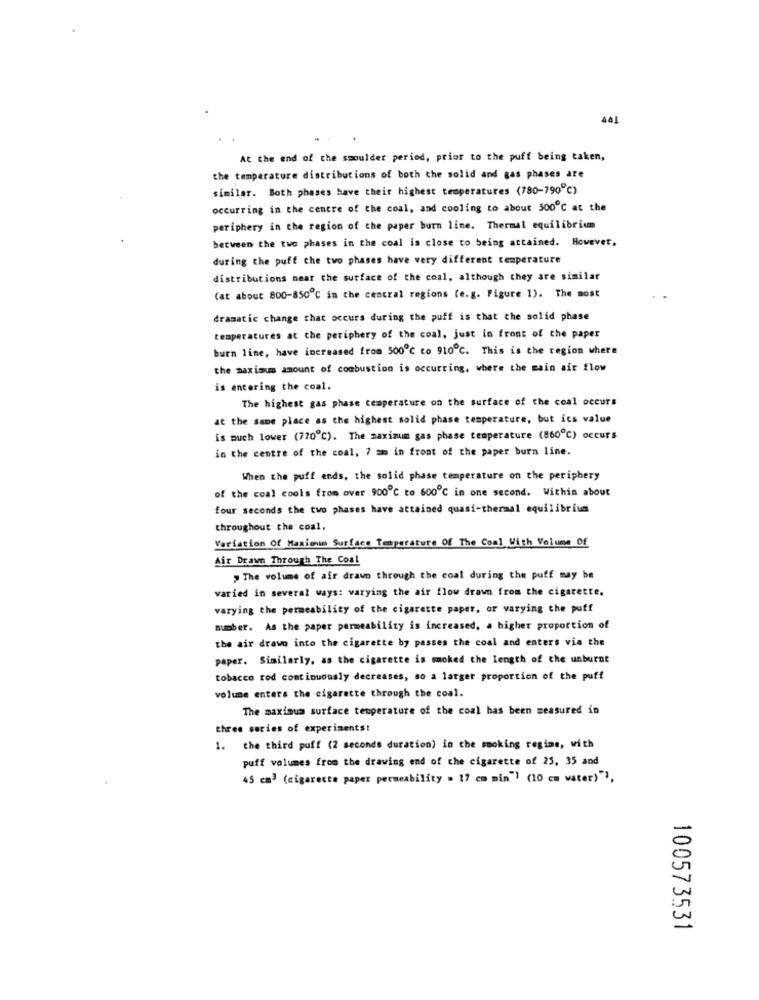
441
At the end of the smoulder period, prior to the puff being taken,
the temperature distribucions of both the solid and gas phases are
similar. Both phases have their highest temperatures (780-790℃)
occurring in the centre of the coal, and cooling to about 500℃ at the
periphery in the region of the paper burn line. Thermal equilibrium
between the two phases in the coal is close to being attained. However,
during the puff the two phases have very different temperature
distributions near the surface of the coal, although they are similar
(at about 800-850℃ in the central regions (e.g. Figure 1). The most
dramatic change that occurs during the puff is that the solid phase
temperatures at the periphery of the coal, just in front of the paper
burn line, have increased from 500℃ to 910℃. This is the region where
the maximum amount of combustion is occurring, where the main air flow
is entering the coal.
The highest gas phase temperature on the surface of the coal occurs
at the same place as the highest solid phase temperature, but ics value
is much lower (770℃). The maximum gas phase temperature (860℃) occurs
in the centre of the coal, 7 am in front of the paper burn line.
When the puff ends, the solid phase temperature on the periphery
of the coal cools from over 900℃ to 600℃ in one second. Within about
four seconds the two phases have attained quasi-thermal equilibrium
throughout the coal.
Variation Of Maximum Surface Temperature Of The Cool With Volume Of
Air Drawn Through The Coal
y The volume of air drawn through the coal during the puff may be
varied in several ways: varying the air flow drawn from the cigarette.
varying the permeability of the cigarette paper, or varying the puff
number. As the paper permeability is increased, a bigher proportion of
the air drawn into the cigarette by passes the coal and enters via the
paper. Similarly, as the cigarette is moked the length of the unburnt
tobacco rod continuously decreases, so a larger proportion of the puff
volume enters the cigarette through the coal.
The maximum surface temperature of the coal has been measured in
three series of experiments!
1. the third puff (2 seconds duration) in the smoking regime, with
puff volumes from the drawing end of the cigarette of 25, 35 and
45 cm3 (cigarecte paper permeability . 17 cm min"] (10 cm water)"),
100573531